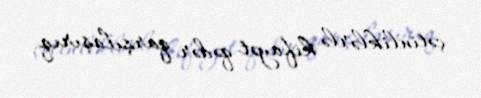
çətinliklərlə kifayət qədər qarşılaşırıq.